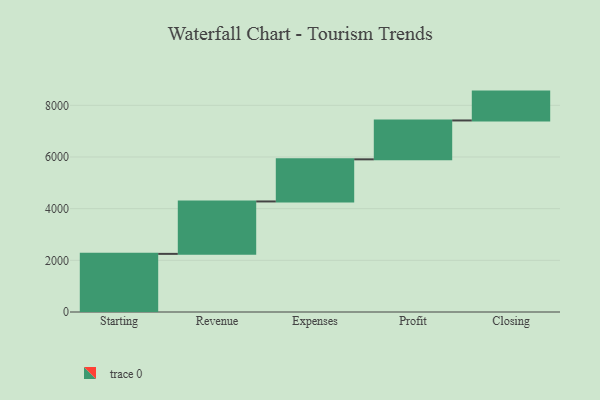
{"axis": {"x": "Step", "y": "Value"}, "legend": [""], "data": [{"x": "Starting", "y": 2250.0, "type": ""}, {"x": "Revenue", "y": 2029.0, "type": ""}, {"x": "Expenses", "y": 1630.0, "type": ""}, {"x": "Profit", "y": 1505.0, "type": ""}, {"x": "Closing", "y": 1117.0, "type": ""}]}